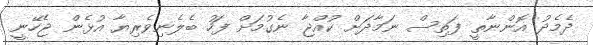
ދެމެދު އޮންނާތީ ފަތިސް ނަމާދަށް ކުއްޖާ ނެގުމަށް ފަހު ބެލެނިވެރިޔާ އުޅެން ޖެހޭނީ